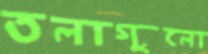
তলাগুলো